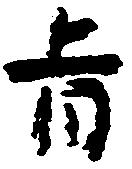
旨